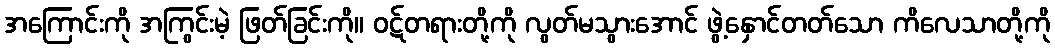
အကြောင်းကို အကြွင်းမဲ့ ဖြတ်ခြင်းကို။ ဝဋ်တရားတို့ကို လွတ်မသွားအောင် ဖွဲ့နှောင်တတ်သော ကိလေသာတို့ကို